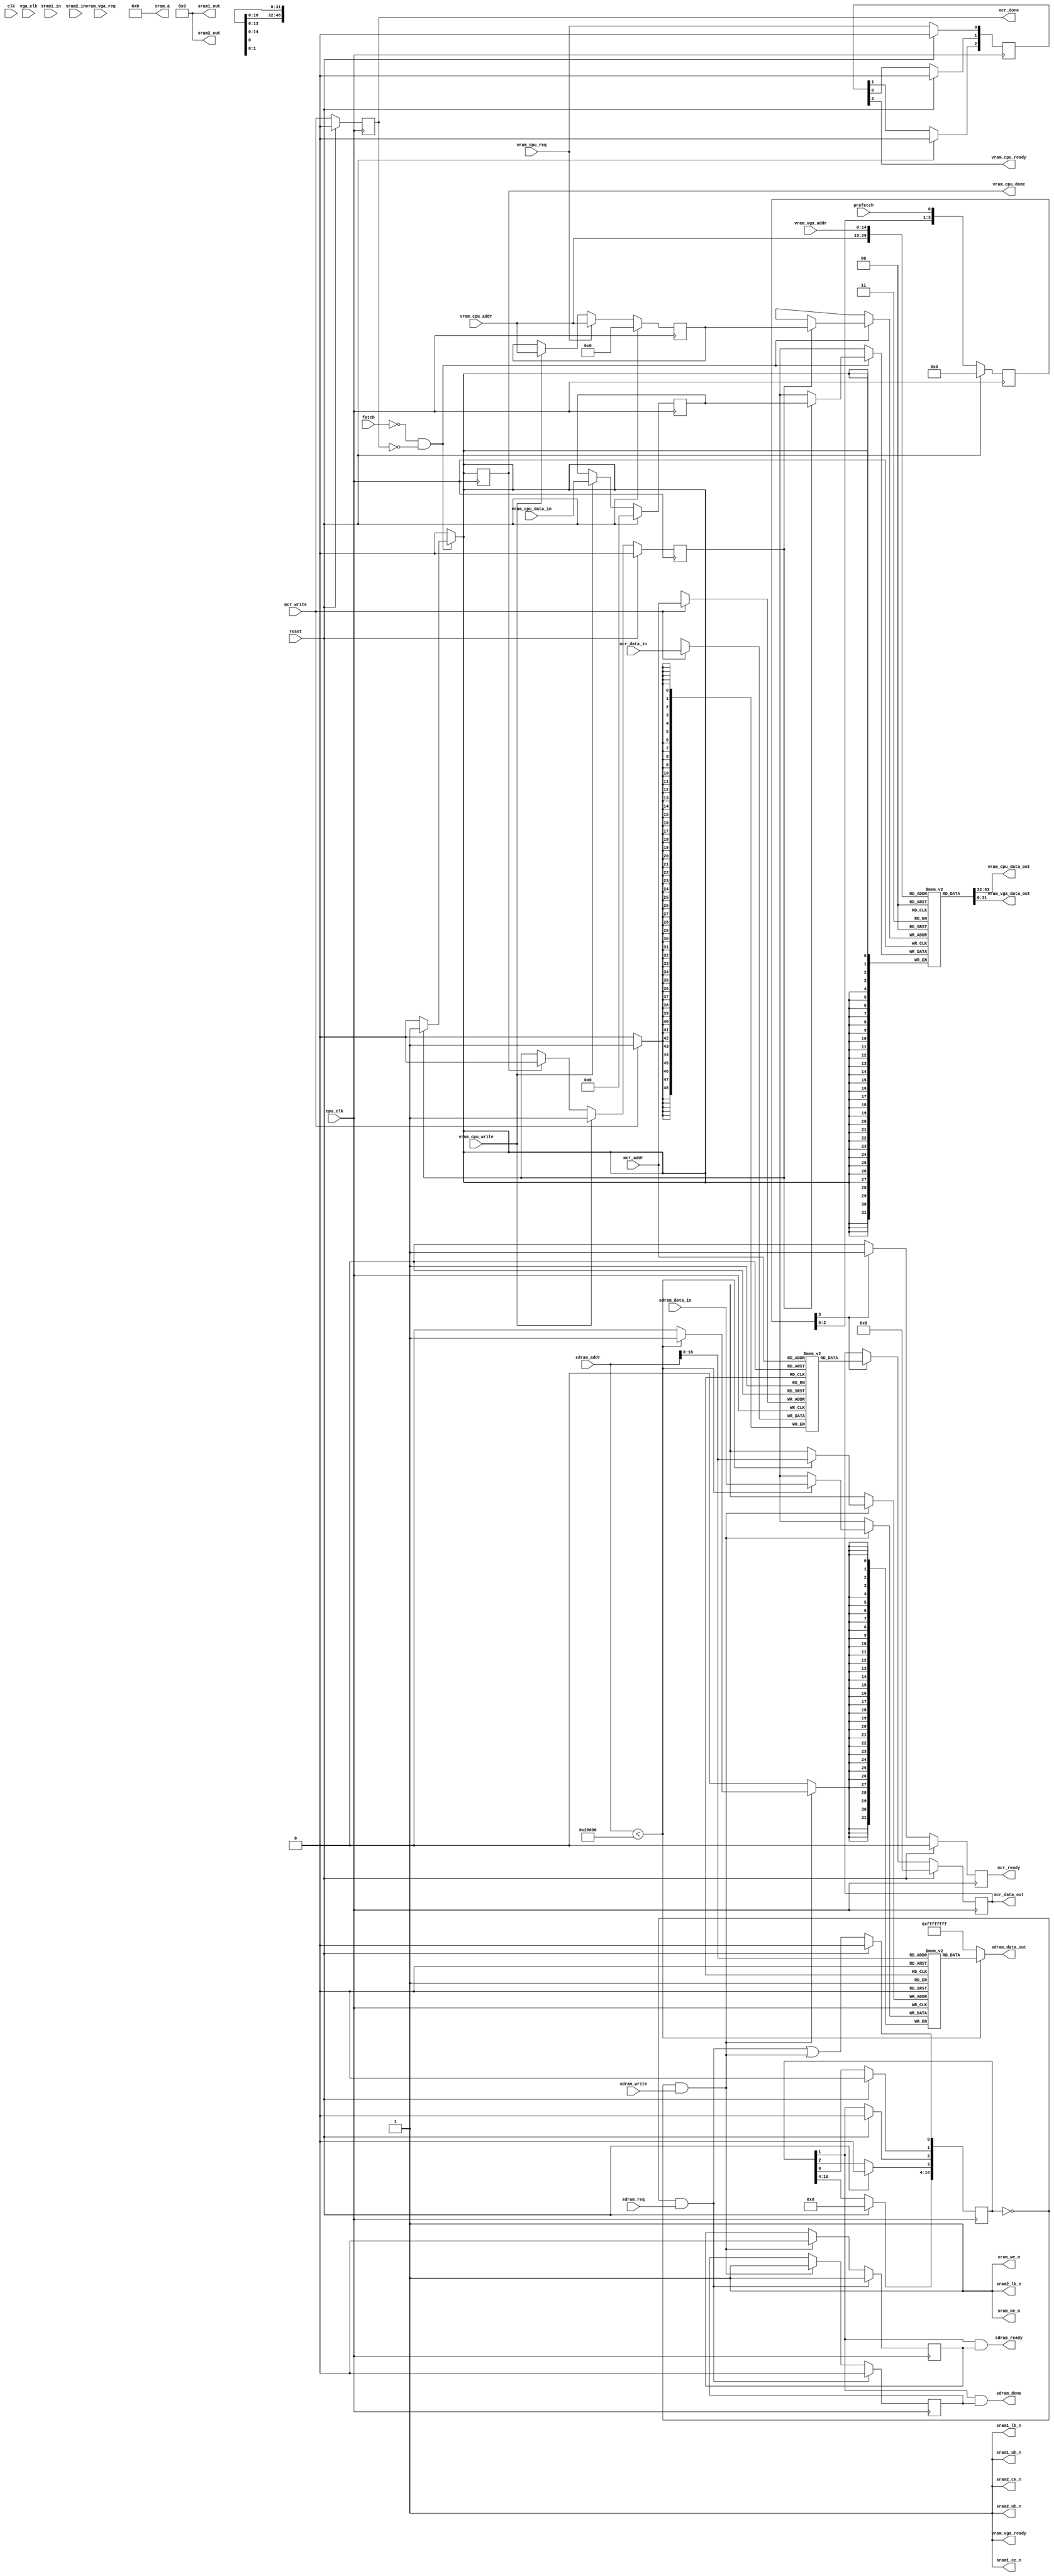
// ram_controller.v --- ---!!!

`timescale 1ns/1ps
`default_nettype none

module ram_controller(/*AUTOARG*/
   // Outputs
   sram1_out, sram2_out, sram_a, sdram_data_out, vram_cpu_data_out,
   vram_vga_data_out, mcr_data_out, mcr_done, mcr_ready, sdram_done,
   sdram_ready, sram1_ce_n, sram1_ub_n, sram1_lb_n, sram2_ce_n,
   sram2_ub_n, sram2_lb_n, sram_oe_n, sram_we_n, vram_cpu_done,
   vram_cpu_ready, vram_vga_ready,
   // Inputs
   mcr_addr, vram_cpu_addr, vram_vga_addr, sram1_in, sram2_in,
   sdram_addr, sdram_data_in, vram_cpu_data_in, mcr_data_in, clk,
   cpu_clk, fetch, mcr_write, prefetch, reset, sdram_req, sdram_write,
   vga_clk, vram_cpu_req, vram_cpu_write, vram_vga_req
   );

   input [13:0] mcr_addr;
   input [14:0] vram_cpu_addr;
   input [14:0] vram_vga_addr;
   input [15:0] sram1_in;
   input [15:0] sram2_in;
   input [21:0] sdram_addr;
   input [31:0] sdram_data_in;
   input [31:0] vram_cpu_data_in;
   input [48:0] mcr_data_in;
   input clk;
   input cpu_clk;
   input fetch;
   input mcr_write;
   input prefetch;
   input reset;
   input sdram_req;
   input sdram_write;
   input vga_clk;
   input vram_cpu_req;
   input vram_cpu_write;
   input vram_vga_req;
   output [15:0] sram1_out;
   output [15:0] sram2_out;
   output [17:0] sram_a;
   output [31:0] sdram_data_out;
   output [31:0] vram_cpu_data_out;
   output [31:0] vram_vga_data_out;
   output [48:0] mcr_data_out;
   output mcr_done;
   output mcr_ready;
   output sdram_done;
   output sdram_ready;
   output sram1_ce_n;
   output sram1_ub_n;
   output sram1_lb_n;
   output sram2_ce_n;
   output sram2_ub_n;
   output sram2_lb_n;
   output sram_oe_n;
   output sram_we_n;
   output vram_cpu_done;
   output vram_cpu_ready;
   output vram_vga_ready;

   ////////////////////////////////////////////////////////////////////////////////

   parameter DRAM_BITS = 17;
   parameter DRAM_SIZE = 131072;
   parameter MCR_RAM_SIZE = 16384;

   reg [10:0] ack_delayed;
   reg [14:0] pending_vram_addr;
   reg [2:0] vram_ack_delayed;
   reg [31:0] dram[DRAM_SIZE-1:0];
   reg [31:0] pending_vram_data;
   reg [31:0] vram[0:21503];
   reg [3:0] mcr_dly;
   reg [48:0] mcr_out;
   reg [48:0] mcr_ram [0:MCR_RAM_SIZE-1];
   reg mcr_ready;
   reg mcr_state;
   reg pending_vram_read;
   reg pending_vram_write;
   reg sdram_was_read;
   reg sdram_was_write;
   reg vram_cpu_done;

   wire [DRAM_BITS-1:0] sdram_addr20;
   wire sdram_start;
   wire sdram_start_read;
   wire sdram_start_write;

   /*AUTOWIRE*/
   /*AUTOREG*/

   ////////////////////////////////////////////////////////////////////////////////

   assign mcr_data_out = mcr_out;

   always @(posedge cpu_clk)
     if(reset)
       mcr_state <= 0;
     else
       mcr_state <= mcr_write;

   assign mcr_done = mcr_state;

   always @(posedge cpu_clk)
     if (mcr_write) begin
	mcr_ram[ mcr_addr ] = mcr_data_in;
     end

   always @(posedge cpu_clk)
     if (reset)
       mcr_dly <= 0;
     else
       mcr_dly <= { mcr_dly[2:0], prefetch };

   always @(posedge cpu_clk)
     if (reset) begin
	mcr_out <= 0;
	mcr_ready <= 0;
     end else if (mcr_dly[3]) begin
	mcr_out <= mcr_ram[ mcr_addr ];
	mcr_ready <= 1;
     end else
       mcr_ready <= 0;

   assign sdram_addr20 = sdram_addr[DRAM_BITS-1:0];
   assign sdram_data_out = sdram_addr < DRAM_SIZE ?
			   dram[sdram_addr20] : 32'hffffffff;

   assign sdram_start = ack_delayed == 0;
   assign sdram_start_write = sdram_start && sdram_write;
   assign sdram_start_read = sdram_start && sdram_req;
   assign sdram_done = ack_delayed[1] && sdram_was_write;
   assign sdram_ready = ack_delayed[1] && sdram_was_read;

   always @(posedge cpu_clk)
     if (reset)
       ack_delayed <= 0;
     else begin
	ack_delayed[0] <= sdram_start_read || sdram_start_write;
	ack_delayed[1] <= ack_delayed[0];
	ack_delayed[2] <= ack_delayed[1];
	ack_delayed[3] <= ack_delayed[2];
     end

   always @(posedge cpu_clk) begin
      if (sdram_start_write) begin
	 if (sdram_addr < DRAM_SIZE)
	   dram[sdram_addr20] = sdram_data_in;
	 sdram_was_write = 1;
	 sdram_was_read = 0;
      end

      if (sdram_start_read) begin
	 sdram_was_write = 0;
	 sdram_was_read = 1;
      end
   end

   assign vram_cpu_data_out = vram[vram_cpu_addr];
   assign vram_vga_data_out = vram[vram_vga_addr];
   assign vram_vga_ready = 1;

   always @(posedge cpu_clk)
     if (reset) begin
	pending_vram_addr <= 0;
	pending_vram_data <= 0;
	pending_vram_write <= 0;
	pending_vram_read <= 0;
     end else begin
	if (vram_cpu_write) begin
	   pending_vram_addr <= vram_cpu_addr;
	   pending_vram_data <= vram_cpu_data_in;
	   pending_vram_write <= 1;
	end else if (vram_cpu_done)
	  pending_vram_write <= 0;

	if (vram_cpu_req) begin
	   //$display("vram: R addr %o -> %o; %t", vram_cpu_addr, vram[vram_cpu_addr], $time);
	   $display("vram: R addr %x -> %x; %t", vram_cpu_addr, vram[vram_cpu_addr], $time);
	   pending_vram_addr <= vram_cpu_addr;
	   pending_vram_read <= 1;
	end else
	  pending_vram_read <= 0;
     end

   always @(posedge cpu_clk)
     if (reset)
       vram_ack_delayed <= 0;
     else begin
	vram_ack_delayed[0] <= vram_cpu_req;
	vram_ack_delayed[1] <= vram_ack_delayed[0];
	vram_ack_delayed[2] <= vram_ack_delayed[1];
     end

   assign vram_cpu_ready = vram_ack_delayed[2];

   always @(posedge cpu_clk) begin
      vram_cpu_done = 0;
      if (~fetch && ~mcr_state) begin
	 if (pending_vram_write) begin
	    vram[pending_vram_addr] = pending_vram_data;
	    vram_cpu_done = 1;
	    //$display("vram: W addr %o <- %o; %t", pending_vram_addr, pending_vram_data, $time);
	    $display("vram: W addr %x <- %x; %t", pending_vram_addr, pending_vram_data, $time);
	 end
      end
   end

   assign sram_a = 0;
   assign sram_oe_n = 1;
   assign sram_we_n = 1;
   assign sram1_out = 0;
   assign sram1_ce_n = 1;
   assign sram1_ub_n = 1;
   assign sram1_lb_n = 1;
   assign sram2_out = 0;
   assign sram2_ce_n = 1;
   assign sram2_ub_n = 1;
   assign sram2_lb_n = 1;

endmodule

`default_nettype wire

// Local Variables:
// verilog-library-directories: (".")
// End: